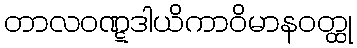
တာလဝဏ္ဋဒါယိကာဝိမာနဝတ္ထု